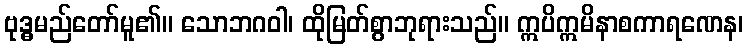
ဗုဒ္ဓမည်တော်မူ၏။ သောဘဂဝါ၊ ထိုမြတ်စွာဘုရားသည်။ ဣပိဣမိနာစကာရဏေန၊